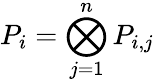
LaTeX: P_{i}=\bigotimes_{j=1}^{n}P_{i,j}